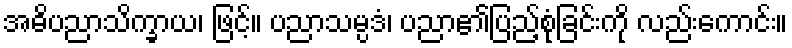
အဓိပညာသိက္ခာယ၊ ဖြင့်။ ပညာသမ္ပဒံ၊ ပညာ၏ပြည့်စုံခြင်းကို လည်းကောင်း။